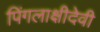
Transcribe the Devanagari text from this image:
पिंगलाक्षीदेवी